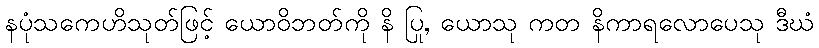
နပုံသကေဟိသုတ်ဖြင့် ယောဝိဘတ်ကို နိ ပြု, ယောသု ကတ နိကာရလောပေသု ဒီဃံ